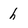
Character: h